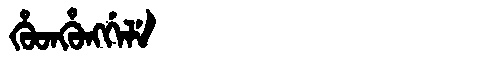
Manchu: ᡥᡠᡨᡥᡠᠩᡤᡝᠯᡝ
Romanization: HUTHUNGGELE